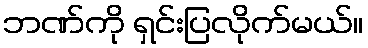
ဘဏ်ကို ရှင်းပြလိုက်မယ်။